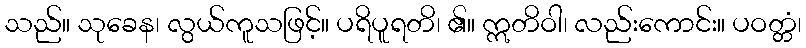
သည်။ သုခေန၊ လွယ်ကူသဖြင့်။ ပရိပူရတိ၊ ၏။ ဣတိဝါ၊ လည်းကောင်း။ ပဝတ္တံ၊